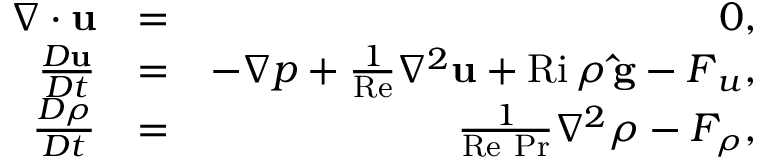
\begin{array} { r l r } { \boldsymbol { \nabla } \cdot \mathbf { u } } & { = } & { 0 , } \\ { \frac { D \mathbf { u } } { D t } } & { = } & { - \boldsymbol { \nabla } p + \frac { 1 } { \mathrm { R e } } \nabla ^ { 2 } \mathbf { u } + \mathrm { R i } \, \rho \, { \bf \hat { g } } - \boldsymbol { F } _ { u } , } \\ { \frac { D \rho } { D t } } & { = } & { \frac { 1 } { \mathrm { R e \ P r } } \nabla ^ { 2 } \rho - F _ { \rho } , } \end{array}